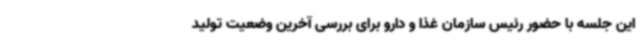
این جلسه با حضور رئیس سازمان غذا و دارو برای بررسی آخرین وضعیت تولید